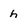
Character: h